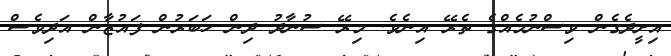
އިށީދެގެން ވިސްނުމެއްގެ ތެރޭ އިނެވެ. މިރޭ ސުނާދު ދިން ހަބަރުން ފައުޒާން އަދިވެސް